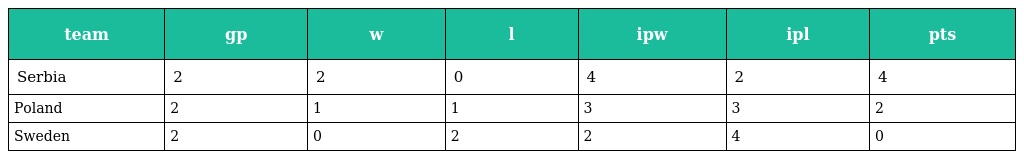
| team | gp | w | l | ipw | ipl | pts |
 | --- | --- | --- | --- | --- | --- | --- |
 | Serbia | 2 | 2 | 0 | 4 | 2 | 4 |
 | Poland | 2 | 1 | 1 | 3 | 3 | 2 |
 | Sweden | 2 | 0 | 2 | 2 | 4 | 0 |